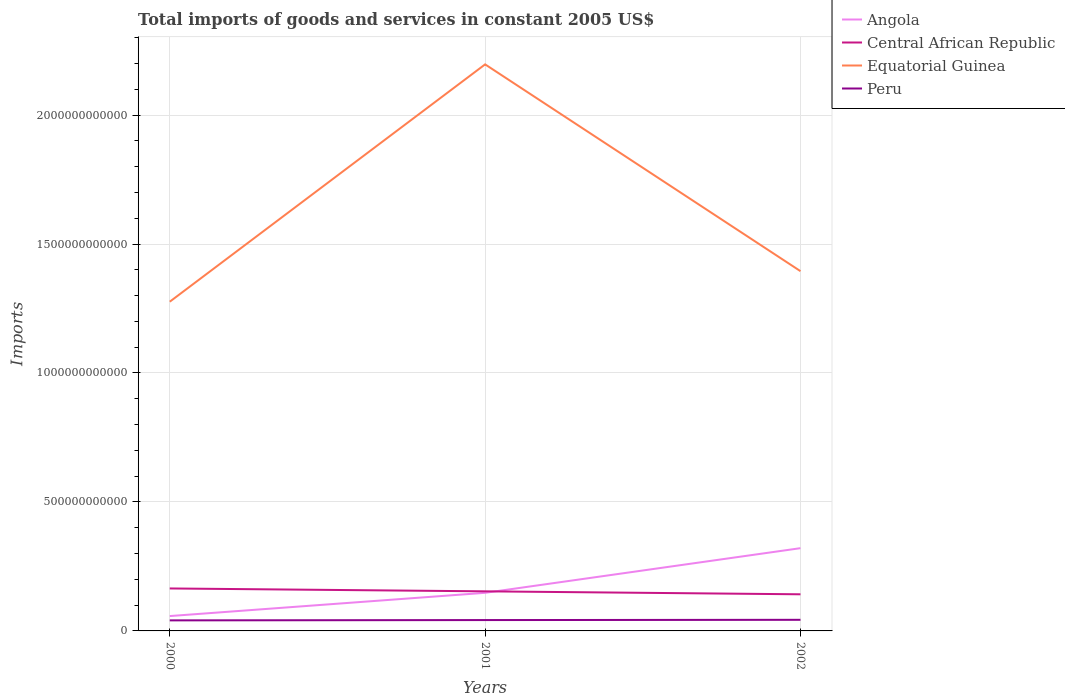
| Years | Angola | Central African Republic | Equatorial Guinea | Peru |
 | --- | --- | --- | --- | --- |
 | 2000 | 5.76e+10 | 1.65e+11 | 1.28e+12 | 4.09e+10 |
 | 2001 | 1.48e+11 | 1.54e+11 | 2.2e+12 | 4.21e+10 |
 | 2002 | 3.21e+11 | 1.42e+11 | 1.39e+12 | 4.3e+10 |